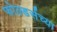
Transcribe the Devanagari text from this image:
फोल्डर्सच्या